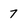
Character: 7